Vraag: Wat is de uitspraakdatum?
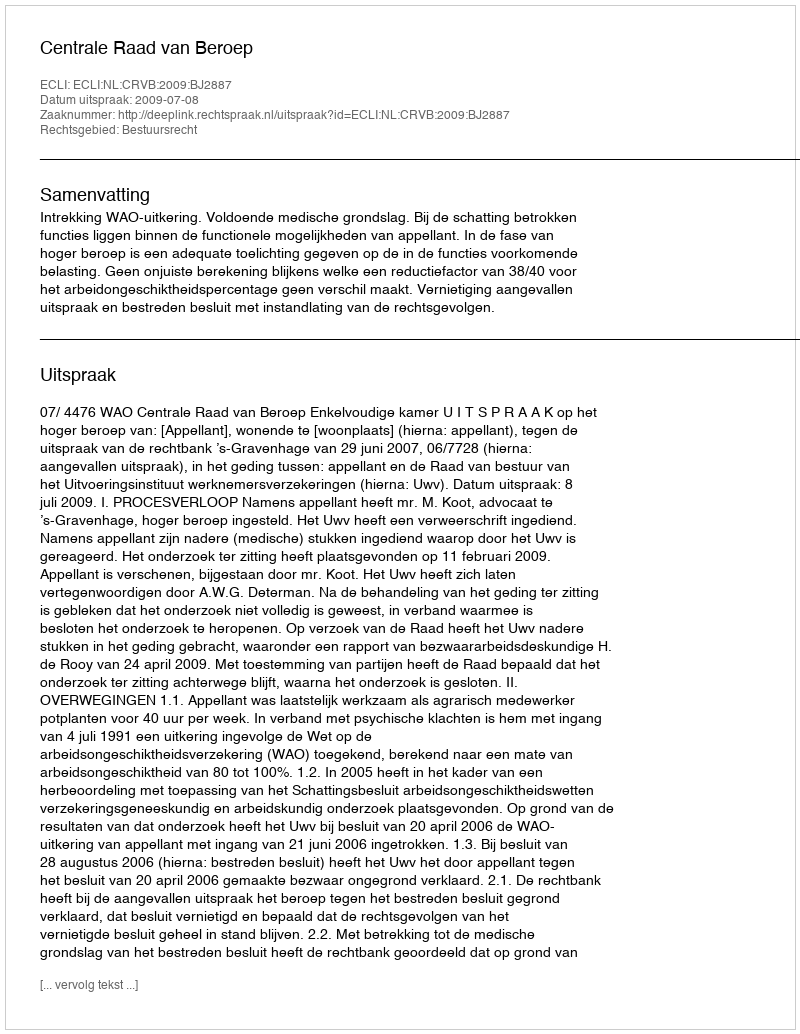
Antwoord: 2009-07-08